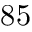
8 5